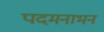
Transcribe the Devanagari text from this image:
पदमनाभन